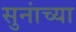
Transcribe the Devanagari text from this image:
सुनांच्या